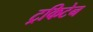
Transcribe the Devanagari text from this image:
ट्रकिटेन